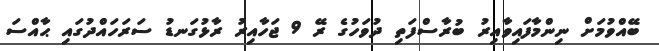
ބޭއްވުމަށް ނިންމާފައިވާއިރު ބުރާސްފަތި ދުވަހުގެ ރޭ 9 ޖަހާއިރު ރާޅުގަނޑު ސަރަހައްދުގައި ޙާއްސަ